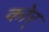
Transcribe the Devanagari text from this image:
कोर्